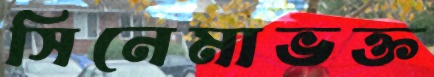
সিনেমাভক্ত